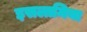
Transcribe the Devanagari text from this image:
इसलामिया